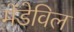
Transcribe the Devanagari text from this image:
मेंडेविल